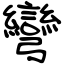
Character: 彎